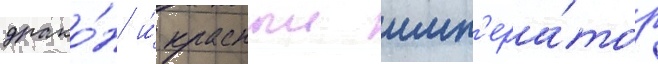
драко́н и́ красныи имп'ера́тор